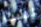
لست